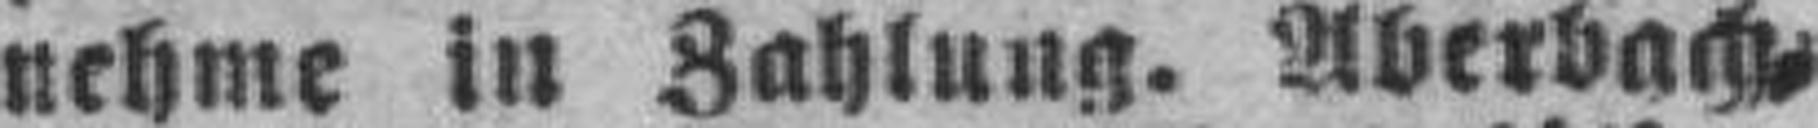
nehme in Zahlung. Aberbach=